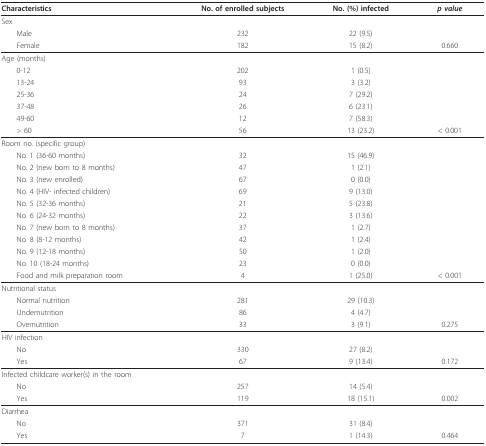
| Characteristics | No. of enrolled subjects | No. (%) infected | p value |
 | --- | --- | --- | --- |
 | Sex |  |  |  |
 | Male | 232 | 22 (9.5) |  |
 | Female | 182 | 15 (8.2) | 0.660 |
 | Age (months) |  |  |  |
 | 0-12 | 202 | 1 (0.5) |  |
 | 13-24 | 93 | 3 (3.2) |  |
 | 25-36 | 24 | 7 (29.2) |  |
 | 37-48 | 26 | 6 (23.1) |  |
 | 49-60 | 12 | 7 (58.3) |  |
 | > 60 | 56 | 13 (23.2) | < 0.001 |
 | Room no. (specific group) |  |  |  |
 | No. 1 (36-60 months) | 32 | 15 (46.9) |  |
 | No. 2 (new born to 8 months) | 47 | 1 (2.1) |  |
 | No. 3 (new enrolled) | 67 | 0 (0.0) |  |
 | No. 4 (HIV- infected children) | 69 | 9 (13.0) |  |
 | No. 5 (32-36 months) | 21 | 5 (23.8) |  |
 | No. 6 (24-32 months) | 22 | 3 (13.6) |  |
 | No. 7 (new born to 8 months) | 37 | 1 (2.7) |  |
 | No. 8 (8-12 months) | 42 | 1 (2.4) |  |
 | No. 9 (12-18 months) | 50 | 1 (2.0) |  |
 | No. 10 (18-24 months) | 23 | 0 (0.0) |  |
 | Food and milk preparation room | 4 | 1 (25.0) | < 0.001 |
 | Nutritional status |  |  |  |
 | Normal nutrition | 281 | 29 (10.3) |  |
 | Undernutrition | 86 | 4 (4.7) |  |
 | Overnutrition | 33 | 3 (9.1) | 0.275 |
 | HIV infection |  |  |  |
 | No | 330 | 27 (8.2) |  |
 | Yes | 67 | 9 (13.4) | 0.172 |
 | Infected childcare worker(s) in the room |  |  |  |
 | No | 257 | 14 (5.4) |  |
 | Yes | 119 | 18 (15.1) | 0.002 |
 | Diarrhea |  |  |  |
 | No | 371 | 31 (8.4) |  |
 | Yes | 7 | 1 (14.3) | 0.464 |